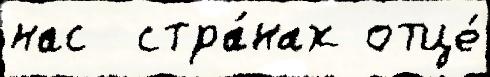
нас  стра́нах отце́